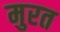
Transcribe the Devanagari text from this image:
मुरत